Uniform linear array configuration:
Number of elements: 24
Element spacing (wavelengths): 0.25
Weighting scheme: binomial
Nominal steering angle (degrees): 45
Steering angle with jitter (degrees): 46.674
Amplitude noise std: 0.05
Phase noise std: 0.05

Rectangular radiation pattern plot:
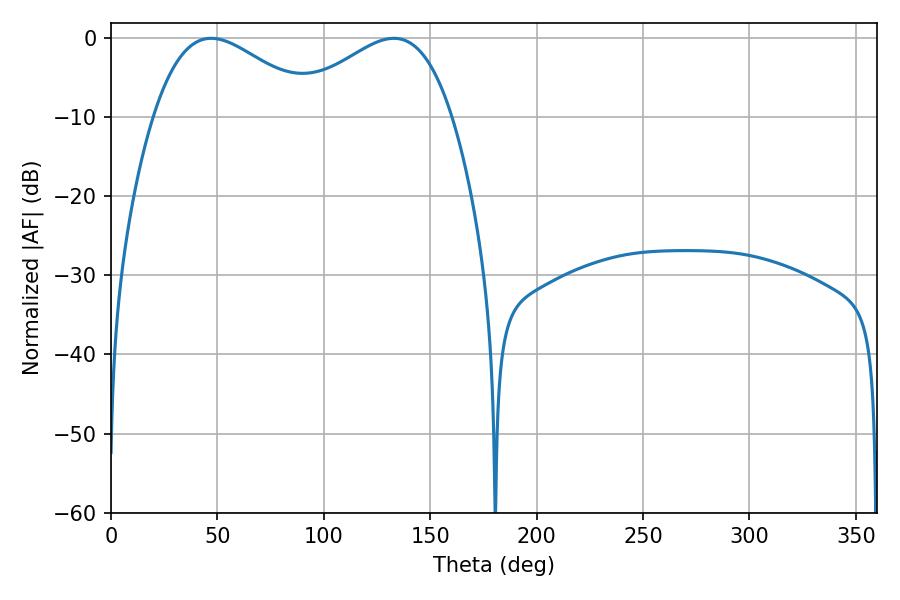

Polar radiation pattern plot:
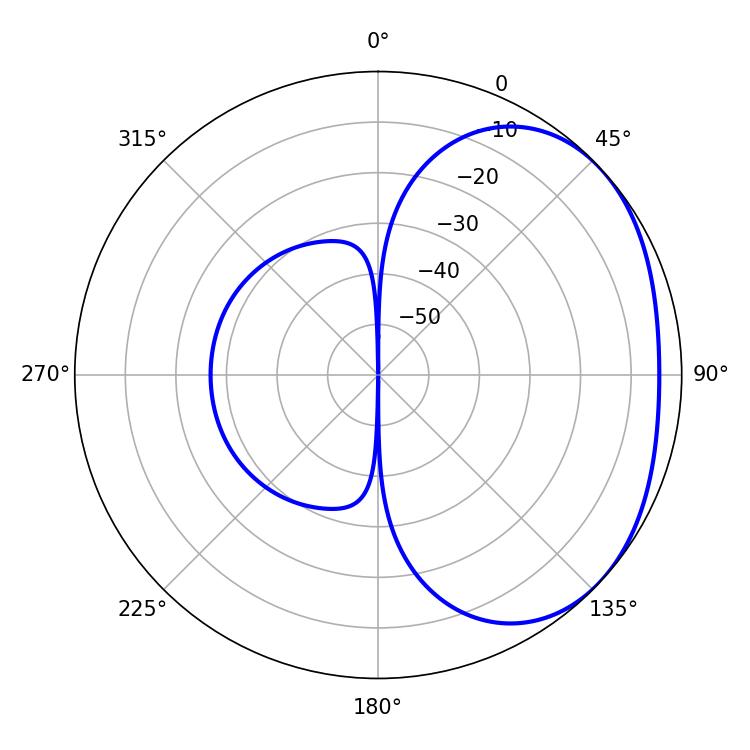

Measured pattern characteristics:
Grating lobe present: FALSE
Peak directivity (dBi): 2.343
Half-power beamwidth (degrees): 41.22
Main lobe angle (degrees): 47.16